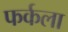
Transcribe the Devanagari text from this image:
फर्कला